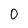
Character: 0